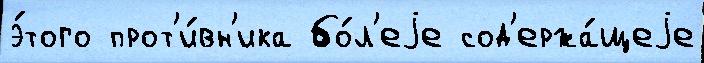
э́того прот'и́вн'ика бо́л'еjе сод'ержа́щеjе